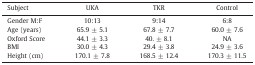
<table><thead><tr><td><b>Subject</b></td><td><b>UKA</b></td><td><b>TKR</b></td><td><b>Control</b></td></tr></thead><tbody><tr><td>Gender M:F</td><td>10:13</td><td>9:14</td><td>6:8</td></tr><tr><td>Age (years)</td><td>65.9 ± 5.1</td><td>67.8 ± 7.7</td><td>60.0 ± 7.6</td></tr><tr><td>Oxford Score</td><td>44.1 ± 3.3</td><td>40. ± 8.1</td><td>NA</td></tr><tr><td>BMI</td><td>30.0 ± 4.3</td><td>29.4 ± 3.8</td><td>24.9 ± 3.6</td></tr><tr><td>Height (cm)</td><td>170.1 ± 7.8</td><td>168.5 ± 12.4</td><td>170.3 ± 11.5</td></tr></tbody></table>